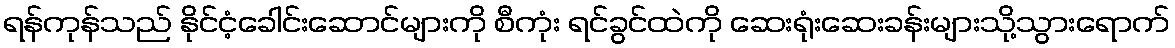
ရန်ကုန်သည် နိုင်ငံ့ခေါင်းဆောင်များကို စီကုံး ရင်ခွင်ထဲကို ဆေးရုံးဆေးခန်းများသို့သွားရောက်